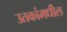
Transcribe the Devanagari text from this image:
उतकांमधील